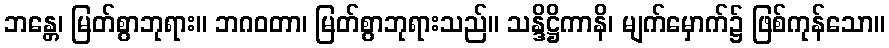
ဘန္တေ၊ မြတ်စွာဘုရား။ ဘဂဝတာ၊ မြတ်စွာဘုရားသည်။ သန္ဒိဋ္ဌိကာနိ၊ မျက်မှောက်၌ ဖြစ်ကုန်သော။